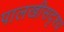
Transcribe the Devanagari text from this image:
पालखीसदृश्य